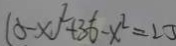
( 5 - x ) ^ { 2 } + 3 6 - x ^ { 2 } = 2 3